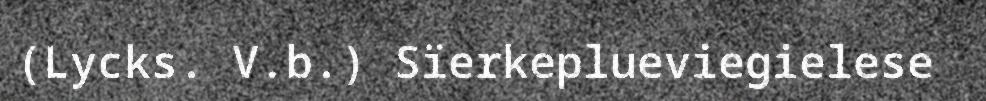
(Lycks. V.b.) Sïerkeplueviegielese